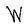
Character: W